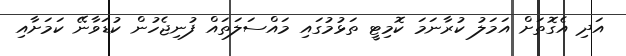
އަދި އެގޮތަށް އަމަލު ކުރާނަމަ ކޮމިޓީ ތަޅުމުގައި މައްސަލަތައް ފުނިޖެހުން ކުޑަވާނޭ ކަމަށާއި